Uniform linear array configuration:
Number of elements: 64
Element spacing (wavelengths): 0.75
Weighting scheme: hamming
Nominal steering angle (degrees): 15
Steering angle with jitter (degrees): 14.561
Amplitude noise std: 0.05
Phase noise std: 0.05

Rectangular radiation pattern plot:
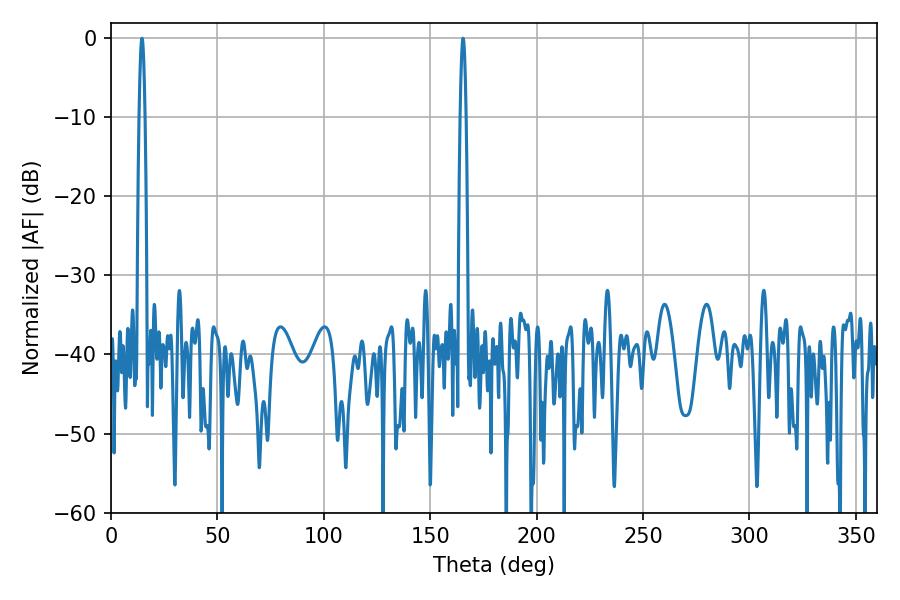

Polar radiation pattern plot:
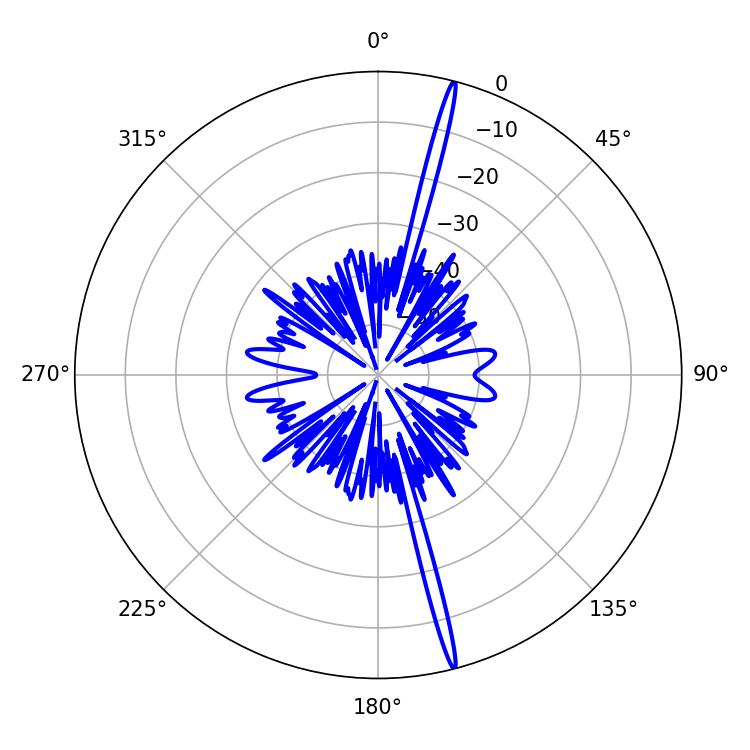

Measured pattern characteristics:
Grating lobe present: TRUE
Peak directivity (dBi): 21.298
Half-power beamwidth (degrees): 1.44
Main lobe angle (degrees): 14.58